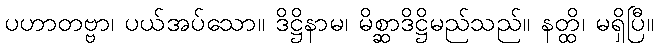
ပဟာတဗ္ဗာ၊ ပယ်အပ်သော။ ဒိဋ္ဌိနာမ၊ မိစ္ဆာဒိဋ္ဌိမည်သည်။ နတ္ထိ၊ မရှိပြီ။